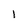
Character: 1